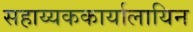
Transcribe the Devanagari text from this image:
सहाय्यककार्यालायिन